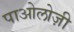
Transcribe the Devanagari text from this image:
पाओलोज़ी